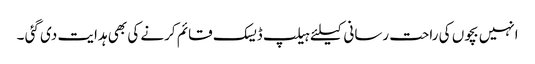
انہیں بچوں کی راحت رسانی کیلئے ہیلپ ڈیسک قائم کرنے کی بھی ہدایت دی گئی ۔